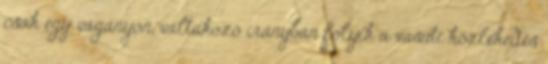
csak egy vágányon, váltakozó irányban folyik a vasúti közlekedés